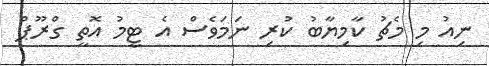
ނިއު މި މެޗު ކާމިޔާބު ކުރި ނަމަވެސް އެ ޓީމު އޮތީ ގްރޫޕް